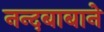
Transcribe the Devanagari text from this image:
नन्दबाबाने